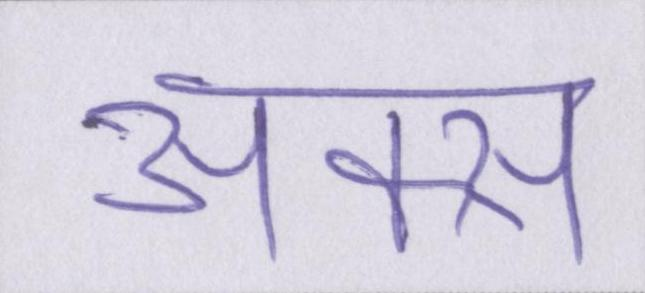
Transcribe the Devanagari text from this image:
अक्स